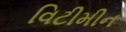
વિટીમીન